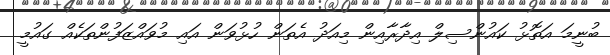
ބުނީމަ އަތޮޅު ކައުންސިލް އިދާރާއިން މިއަދު އެތަން ހުޅުވަން އައި މުވައްޒަފުންތަކެއް ގައުމީ